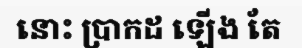
នោះ ប្រាកដ ឡើង តែ